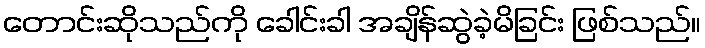
တောင်းဆိုသည်ကို ခေါင်းခါ အချိန်ဆွဲခဲ့မိခြင်း ဖြစ်သည်။